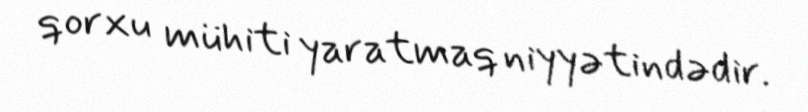
qorxu mühiti yaratmaq niyyətindədir.